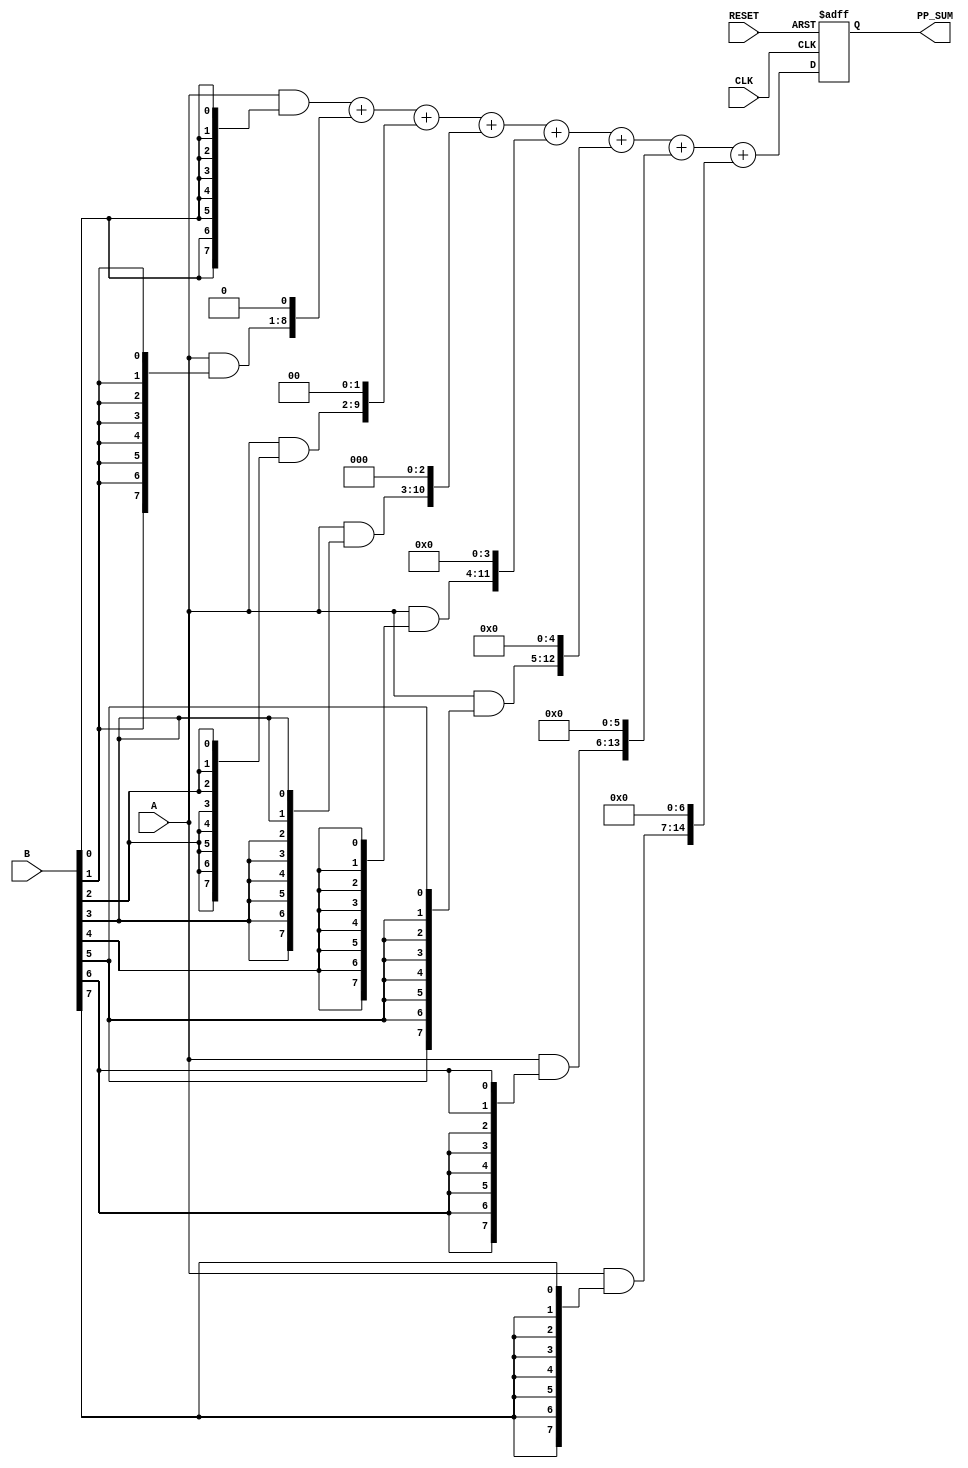
module PartialProductAccumulator #(
    parameter N = 8, // Bit-width of multiplicand A
    parameter M = 8  // Bit-width of multiplicand B
)(
    input  wire [N-1:0] A,        // First multiplicand
    input  wire [M-1:0] B,        // Second multiplicand
    input  wire CLK,               // Clock signal
    input  wire RESET,             // Reset signal
    output reg [N+M-1:0] PP_SUM    // Accumulated sum of partial products
);

    // Internal signals for partial products
    wire [N-1:0] partial_products[M-1:0];

    // Generate partial products
    genvar i;
    generate
        for (i = 0; i < M; i = i + 1) begin : gen_partial_products
            assign partial_products[i] = A & {N{B[i]}}; // AND A with each bit of B
        end
    endgenerate

    // Accumulate partial products
    always @(posedge CLK or posedge RESET) begin
        if (RESET) begin
            PP_SUM <= 0; // Reset the accumulator
        end else begin
            // Accumulate the partial products
            PP_SUM <= partial_products[0] + 
                       (partial_products[1] << 1) + 
                       (partial_products[2] << 2) + 
                       (partial_products[3] << 3) + 
                       (partial_products[4] << 4) + 
                       (partial_products[5] << 5) + 
                       (partial_products[6] << 6) + 
                       (partial_products[7] << 7); // Adjust for M bits
        end
    end

endmodule